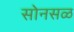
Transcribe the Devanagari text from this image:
सोनसळ